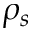
\rho _ { s }